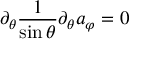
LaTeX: \partial _ { \theta } \frac { 1 } { \sin \theta } \partial _ { \theta } a _ { \varphi } = 0